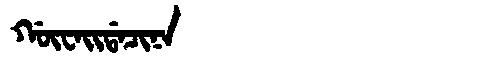
Manchu: ᡤᡡᠸᠠᡳᡩᠠᠴᡳᠨᠠ
Romanization: GŪWAIDACINA